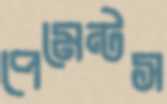
পেমেন্টস